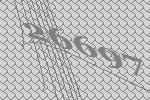
26697